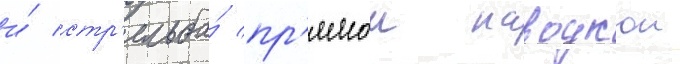
и́ стр'ельба́ пр'ямои наводкои